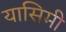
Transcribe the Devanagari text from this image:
यासिमी